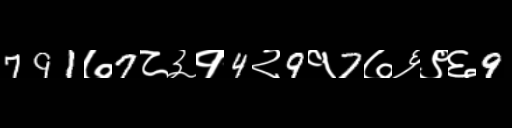
Text: 791७7८३१4२9१7७६९६9